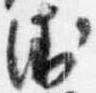
衛